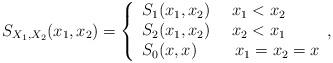
LaTeX: \begin{align*}S_{X_{1},X_{2}}(x_{1},x_{2})=\left\{ \begin{array}{l}S_{1}(x_{1},x_{2})\ \ \ \ x_{1}<x_{2} \\ S_{2}(x_{1},x_{2})\ \ \ \ x_{2}<x_{1} \\ S_{0}(x,x)\ \ \ \ \ \ \ x_{1}=x_{2}=x\end{array},\right. \end{align*}